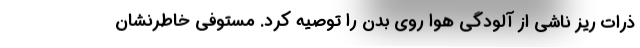
ذرات ریز ناشی از آلودگی هوا روی بدن را توصیه کرد. مستوفی خاطرنشان